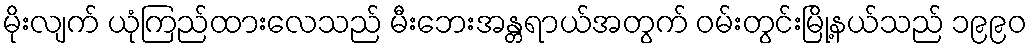
မိုးလျက် ယုံကြည်ထားလေသည် မီးဘေးအန္တရာယ်အတွက် ဝမ်းတွင်းမြို့နယ်သည် ၁၉၉၀